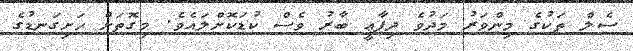
ސެލް ތަކުގެ މިންވަރު މަދުވެ ދިފާޢީ ބާރު ވެސް ކުޑަކޮށްލައެވެ. މިގޮތަށް ހަށިގަނޑުގެ